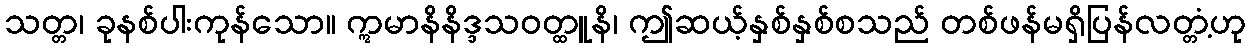
သတ္တ၊ ခုနစ်ပါးကုန်သော။ ဣမာနိနိဒ္ဒသဝတ္ထူနိ၊ ဤဆယ့်နှစ်နှစ်စသည် တစ်ဖန်မရှိပြန်လတ္တံ့ဟု